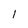
Character: 1